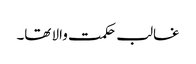
غالب حکمت والا تھا۔